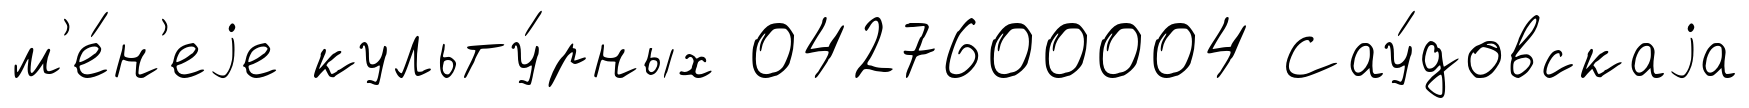
м'е́н'еjе культу́рных 0427600004 Сау́довскаjа